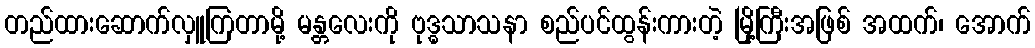
တည်ထားဆောက်လှူကြတာမို့ မန္တလေးကို ဗုဒ္ဓသာသနာ စည်ပင်ထွန်းကားတဲ့ မြို့ကြီးအဖြစ် အထက်၊ အောက်